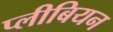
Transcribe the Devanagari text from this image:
प्लीबियन